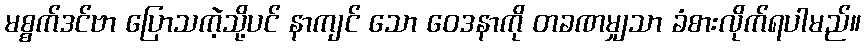
မစ္စက်ဒင်ဗာ ပြောသကဲ့သို့ပင် နာကျင် သော ဝေဒနာကို တခဏမျှသာ ခံစားလိုက်ရပါမည်။